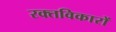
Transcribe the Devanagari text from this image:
रक्तविकारों